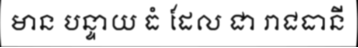
មាន បន្ទាយ ធំ ដែល ជា រាជធានី